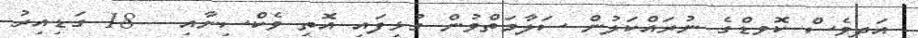
އަދިވެސް ކޮވިޑްގެ ނުރައްކަލުން ސަލާމަތްވުން ގުޅިފައި އޮތީ ވެކްސިނާއި - 18 ގަޑިއިރު